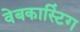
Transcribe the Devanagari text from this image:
वेबकास्टिंग